Leaving Certificate Examination (including Day School Certificate (Higher) General paper), 1938
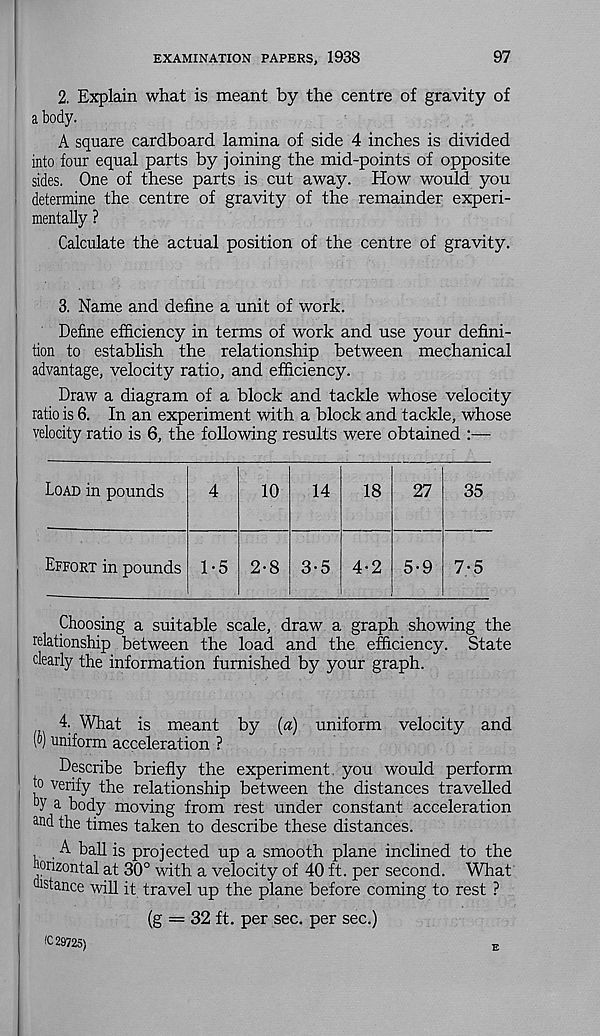
EXAMINATION PAPERS, 1938
97
2. Explain what is meant by the centre of gravity of
a body.
A square cardboard lamina of side 4 inches is divided
into four equal parts by joining the mid-points of opposite
sides. One of these parts is cut away. How would you
determine the centre of gravity of the remainder experi-
mentally ?
Calculate the actual position of the centre of gravity.
3. Name and define a unit of work.
Define efficiency in terms of work and use your defini-
tion to establish the relationship between mechanical
advantage, velocity ratio, and efficiency.
Draw a diagram of a block and tackle whose velocity
ratio is 6. In an experiment with a block and tackle, whose
velocity ratio is 6, the following results were obtained :—
Choosing a suitable scale, draw a graph showing the
relationship between the load and the efficiency. State
dearly the information furnished by your graph.
4. What is meant by (a) uniform velocity and
(o) uniform acceleration ?
Describe briefly the experiment you would perform
|o verify the relationship between the distances travelled
b y a body moving from rest under constant acceleration
a ud the times taken to describe these distances.
A ball is projected up a smooth plane inclined to the
horizontal at 30° with a velocity of 40 ft. per second. What
distance will it travel up the plane before coming to rest ?
(g = 32 ft. per sec. per sec.)
(C 29725)
E